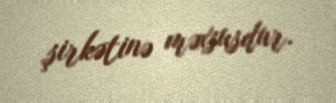
şirkətinə məxsusdur.